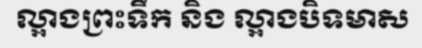
ល្អាងព្រះទឹក និង ល្អាងបិទមាស